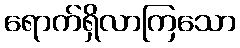
ရောက်ရှိလာကြသော